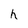
Character: h